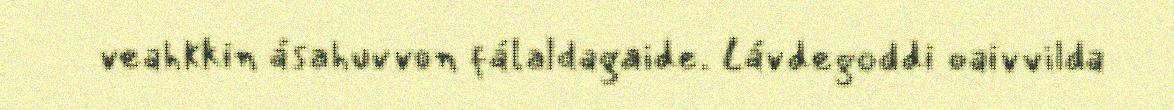
veahkkin ásahuvvon fálaldagaide. Lávdegoddi oaivvilda